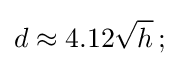
d\approx 4.12{\sqrt {h}}\,;